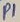
Text: P1